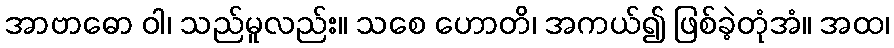
အာဗာဓော ဝါ၊ သည်မူလည်း။ သစေ ဟောတိ၊ အကယ်၍ ဖြစ်ခဲ့တုံအံ။ အထ၊